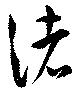
渚